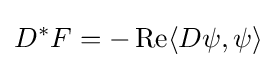
D^{*}F=-\operatorname {Re} \langle D\psi ,\psi \rangle